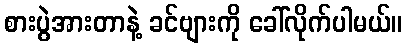
စားပွဲအားတာနဲ့ ခင်ဗျားကို ခေါ်လိုက်ပါမယ်။